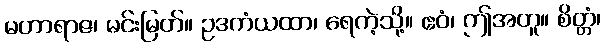
မဟာရာဇ၊ မင်းမြတ်။ ဥဒကံယထာ၊ ရေကဲ့သို့။ ဧဝံ၊ ဤအတူ။ စိတ္တံ၊